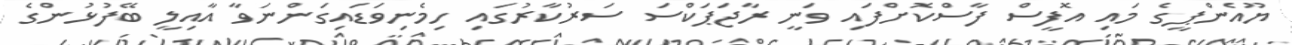
ޔޫއެންޕީގެ މައި އޮފީސް ފާސްކޮށްފައި ވަނީ ރާޖަޕަކްސަ ސަރުކާރުގައި ހިމެނިވަޑައިގަންނަވާ އާއިލީ ބޭފުޅުންގެ